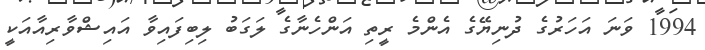
1994 ވަނަ އަހަރުގެ ދުނިޔޭގެ އެންމެ ރީތި އަންހެނާގެ ލަގަބު ލިބިފައިވާ އައިޝްވާރިއާއަކީ